Annual vaccination report of Bihar and Orissa - 1911-1928
Year: 1911
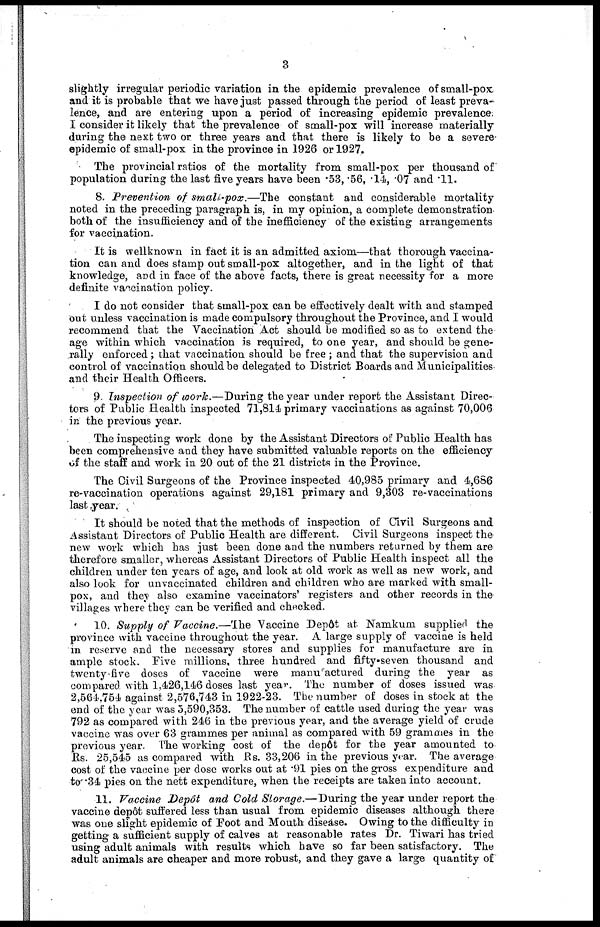
3
slightly irregular periodic variation in the epidemic prevalence of small-pox
and it is probable that we have just passed through the period of least preva-
lence, and are entering upon a period of increasing epidemic prevalence;
I consider it likely that the prevalence of small-pox will increase materially
during the next two or three years and that there is likely to be a severe-
epidemic of small-pox in the province in 1926 or 1927.
The provincial ratios of the mortality from small-pox per thousand of
population during the last five years have been .53, .56, .14, .07 and .11.
8. Prevention of small-pox.—The constant and considerable mortality
noted in the preceding paragraph is, in my opinion, a complete demonstration
both of the insufficiency and of the inefficiency of the existing arrangements
for vaccination.
It is wellknown in fact it is an admitted axiom—that thorough vaccina-
tion can and does stamp out small-pox altogether, and in the light of that
knowledge, and in face of the above facts, there is great necessity for a more
definite vaccination policy.
I do not consider that small-pox can be effectively dealt with and stamped
out unless vaccination is made compulsory throughout the Province, and I would
recommend that the Vaccination Act should be modified so as to extend the
age within which vaccination is required, to one year, and should be gene-
rally enforced ; that vaccination should be free ; and that the supervision and
control of vaccination should be delegated to District Boards and Municipalities
and their Health Officers.
9. Inspection of work.—During the year under report the Assistant Direc-
tors of Public Health inspected 71,814 primary vaccinations as against 70,006
in the previous year.
The inspecting work done by the Assistant Directors of Public Health has
been comprehensive and they have submitted valuable reports on the efficiency
of the staff and work in 20 out of the 21 districts in the Province.
The Civil Surgeons of the Province inspected 40,985 primary and 4,686
re-vaccination operations against 29,181 primary and 9,303 re-vaccinations
last year.
It should be noted that the methods of inspection of Civil Surgeons and
Assistant Directors of Public Health are different. Civil Surgeons inspect the
new work which has just been done and the numbers returned by them are
therefore smaller, whereas Assistant Directors of Public Health inspect all the
children under ten years of age, and look at old work as well as new work, and
also look for unvaccinated children and children who are marked with small-
pox, and they also examine vaccinators' registers and other records in the
villages where they can be verified and checked.
10. Supply of Vaccine.—The Vaccine Depôt at Namkum supplied the
province with vaccine throughout the year. A large supply of vaccine is held
in reserve and the necessary stores and supplies for manufacture are in
ample stock. Five millions, three hundred and fifty-seven thousand and
twenty five doses of vaccine were manufactured during the year as
compared with 1,426,146 doses last year. The number of doses issued was
2,564,754 against 2,576,743 in 1922-23. The number of doses in stock at the
end of the year was 5,590,353. The number of cattle used during the year was
792 as compared with 246 in the previous year, and the average yield of crude
vaccine was over 63 grammes per animal as compared with 59 grammes in the
previous year. The working cost of the depôt for the year amounted to
Rs. 25,545 as compared with Rs. 33,206 in the previous year. The average
cost of the vaccine per dose works out at .91 pies on the gross expenditure and
to. 34 pies on the nett expenditure, when the receipts are taken into account.
11. Vaccine Depôt and Cold Storage.—During the year under report the
vaccine depôt suffered less than usual from epidemic diseases although there
was one slight epidemic of Foot and Mouth disease. Owing to the difficulty in
getting a sufficient supply of calves at reasonable rates Dr. Tiwari has tried
using adult animals with results which have so far been satisfactory. The
adult animals are cheaper and more robust, and they gave a large quantity of